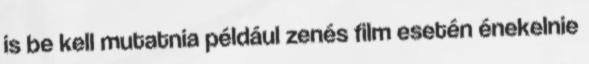
is be kell mutatnia például zenés film esetén énekelnie